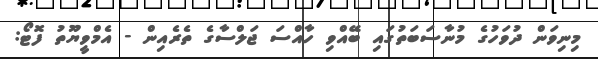
މިނިވަން ދުވަހުގެ މުނާސަބަތުގައި ބޭއްވި ހާއްސަ ޖަލްސާގެ ތެރެއިން - އެމްވީޔޫތު ފޮޓޯ: